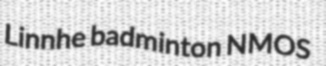
Linnhe badminton NMOS